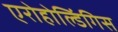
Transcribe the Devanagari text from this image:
एरोहोल्डिंगिस